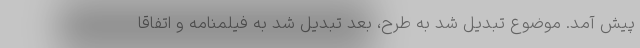
پیش آمد. موضوع تبدیل شد به طرح، بعد تبدیل شد به فیلمنامه و اتفاقا